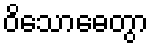
ဝိသောဓေတွာ